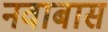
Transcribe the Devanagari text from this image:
नवाबास